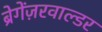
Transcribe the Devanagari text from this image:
ब्रेगेंज़रवाल्डर